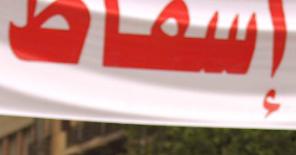
إسماط